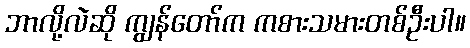
ဘာလို့လဲဆို ကျွန်တော်က ကစားသမားတစ်ဦးပါ။